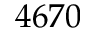
4 6 7 0